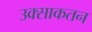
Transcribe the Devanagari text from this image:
उक्साकतन